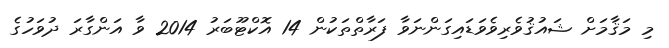
މި މަޤާމަށް ޝައުޤުވެރިވެވަޑައިގަންނަވާ ފަރާތްތަކުން 14 އޮކްޓޫބަރު 2014 ވާ އަންގާރަ ދުވަހުގެ